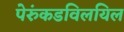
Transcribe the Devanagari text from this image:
पेरुंकडविलयिल